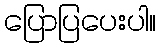
ပြောပြပေးပါ။